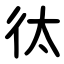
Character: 㣖